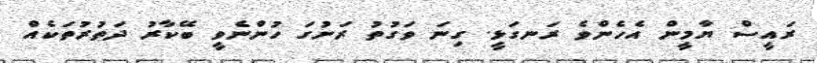
ރައީސް ޔާމީން އެހެންވެ ރަނގަޅީ. ގިނަ ވަގުތު ރަށުގަ ހުންނެވީ ބޭކާރު ދަތުރުތަކެއް